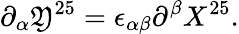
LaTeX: \partial_{\alpha}\mathfrak{Y}^{25}=\epsilon_{\alpha\beta}\partial^{\beta}X^{25}.